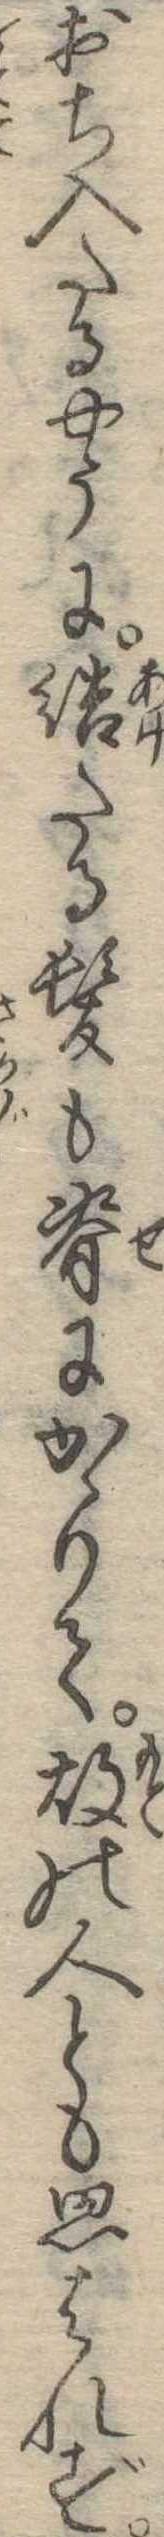
おち入たるやうに結たる髪も脊にかゝりて故の人とも思はれず